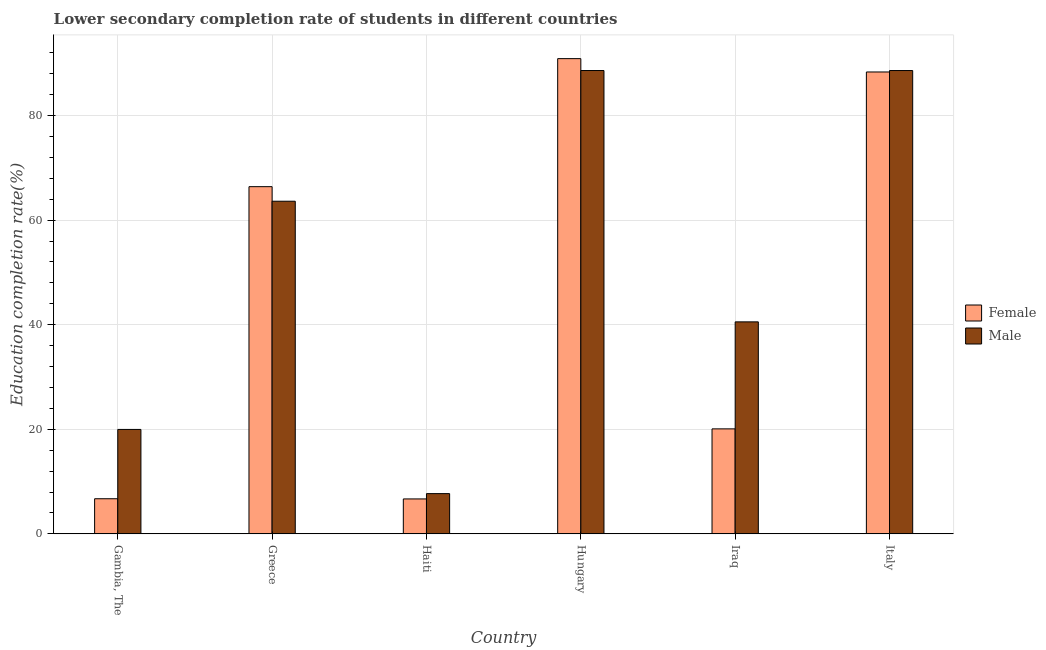
| Country | Female | Male |
 | --- | --- | --- |
 | Gambia, The | 6.72 | 20 |
 | Greece | 66.4 | 63.6 |
 | Haiti | 6.68 | 7.7 |
 | Hungary | 90.9 | 88.6 |
 | Iraq | 20.1 | 40.5 |
 | Italy | 88.3 | 88.6 |